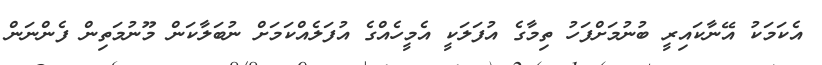
އެކަަމަކު އޭނާކައިރީ ބުނުމަށްފަހު ތިމާގެ އުފަލަކީ އެމީހެއްގެ އުފަލެއްކަމަށް ނުބަލާކަން މޫނުމަތިން ފެންނަން